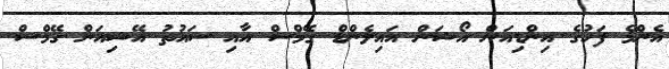
އެންމެ ފަހުގެ އިންޑިއަން އޯޝަން އައިލެންޑް ގޭމްސް އާއި ސައުތު އޭޝިއަން ގޭމްސް